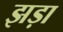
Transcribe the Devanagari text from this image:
झड़ा